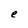
Character: e